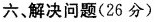
六、解决问题(26分)